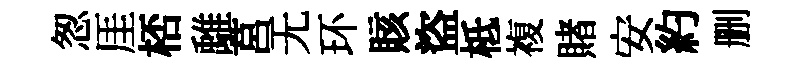
怱厓桮𩀌莒无环賅盜柢複賭安約删